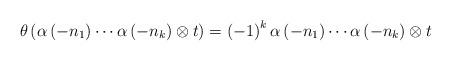
LaTeX: \begin{align*}\theta\left(\alpha\left(-n_{1}\right)\cdots\alpha\left(-n_{k}\right)\otimes t\right)=\left(-1\right)^{k}\alpha\left(-n_{1}\right)\cdots\alpha\left(-n_{k}\right)\otimes t\end{align*}